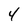
Character: 4